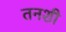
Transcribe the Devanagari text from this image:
तनशी